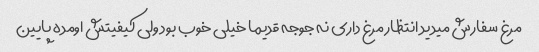
مرغ سفارش میدید انتظار مرغ داری نه جوجه قدیما خیلی خوب بود ولی کیفیتش اومده پایین